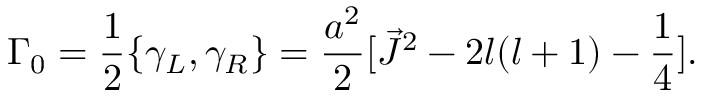
{ \Gamma } _ { 0 } = \frac { 1 } { 2 } \{ { \gamma } _ { L } , { \gamma } _ { R } \} = \frac { a ^ { 2 } } { 2 } [ \vec { J } ^ { 2 } - 2 l ( l + 1 ) - \frac { 1 } { 4 } ] .